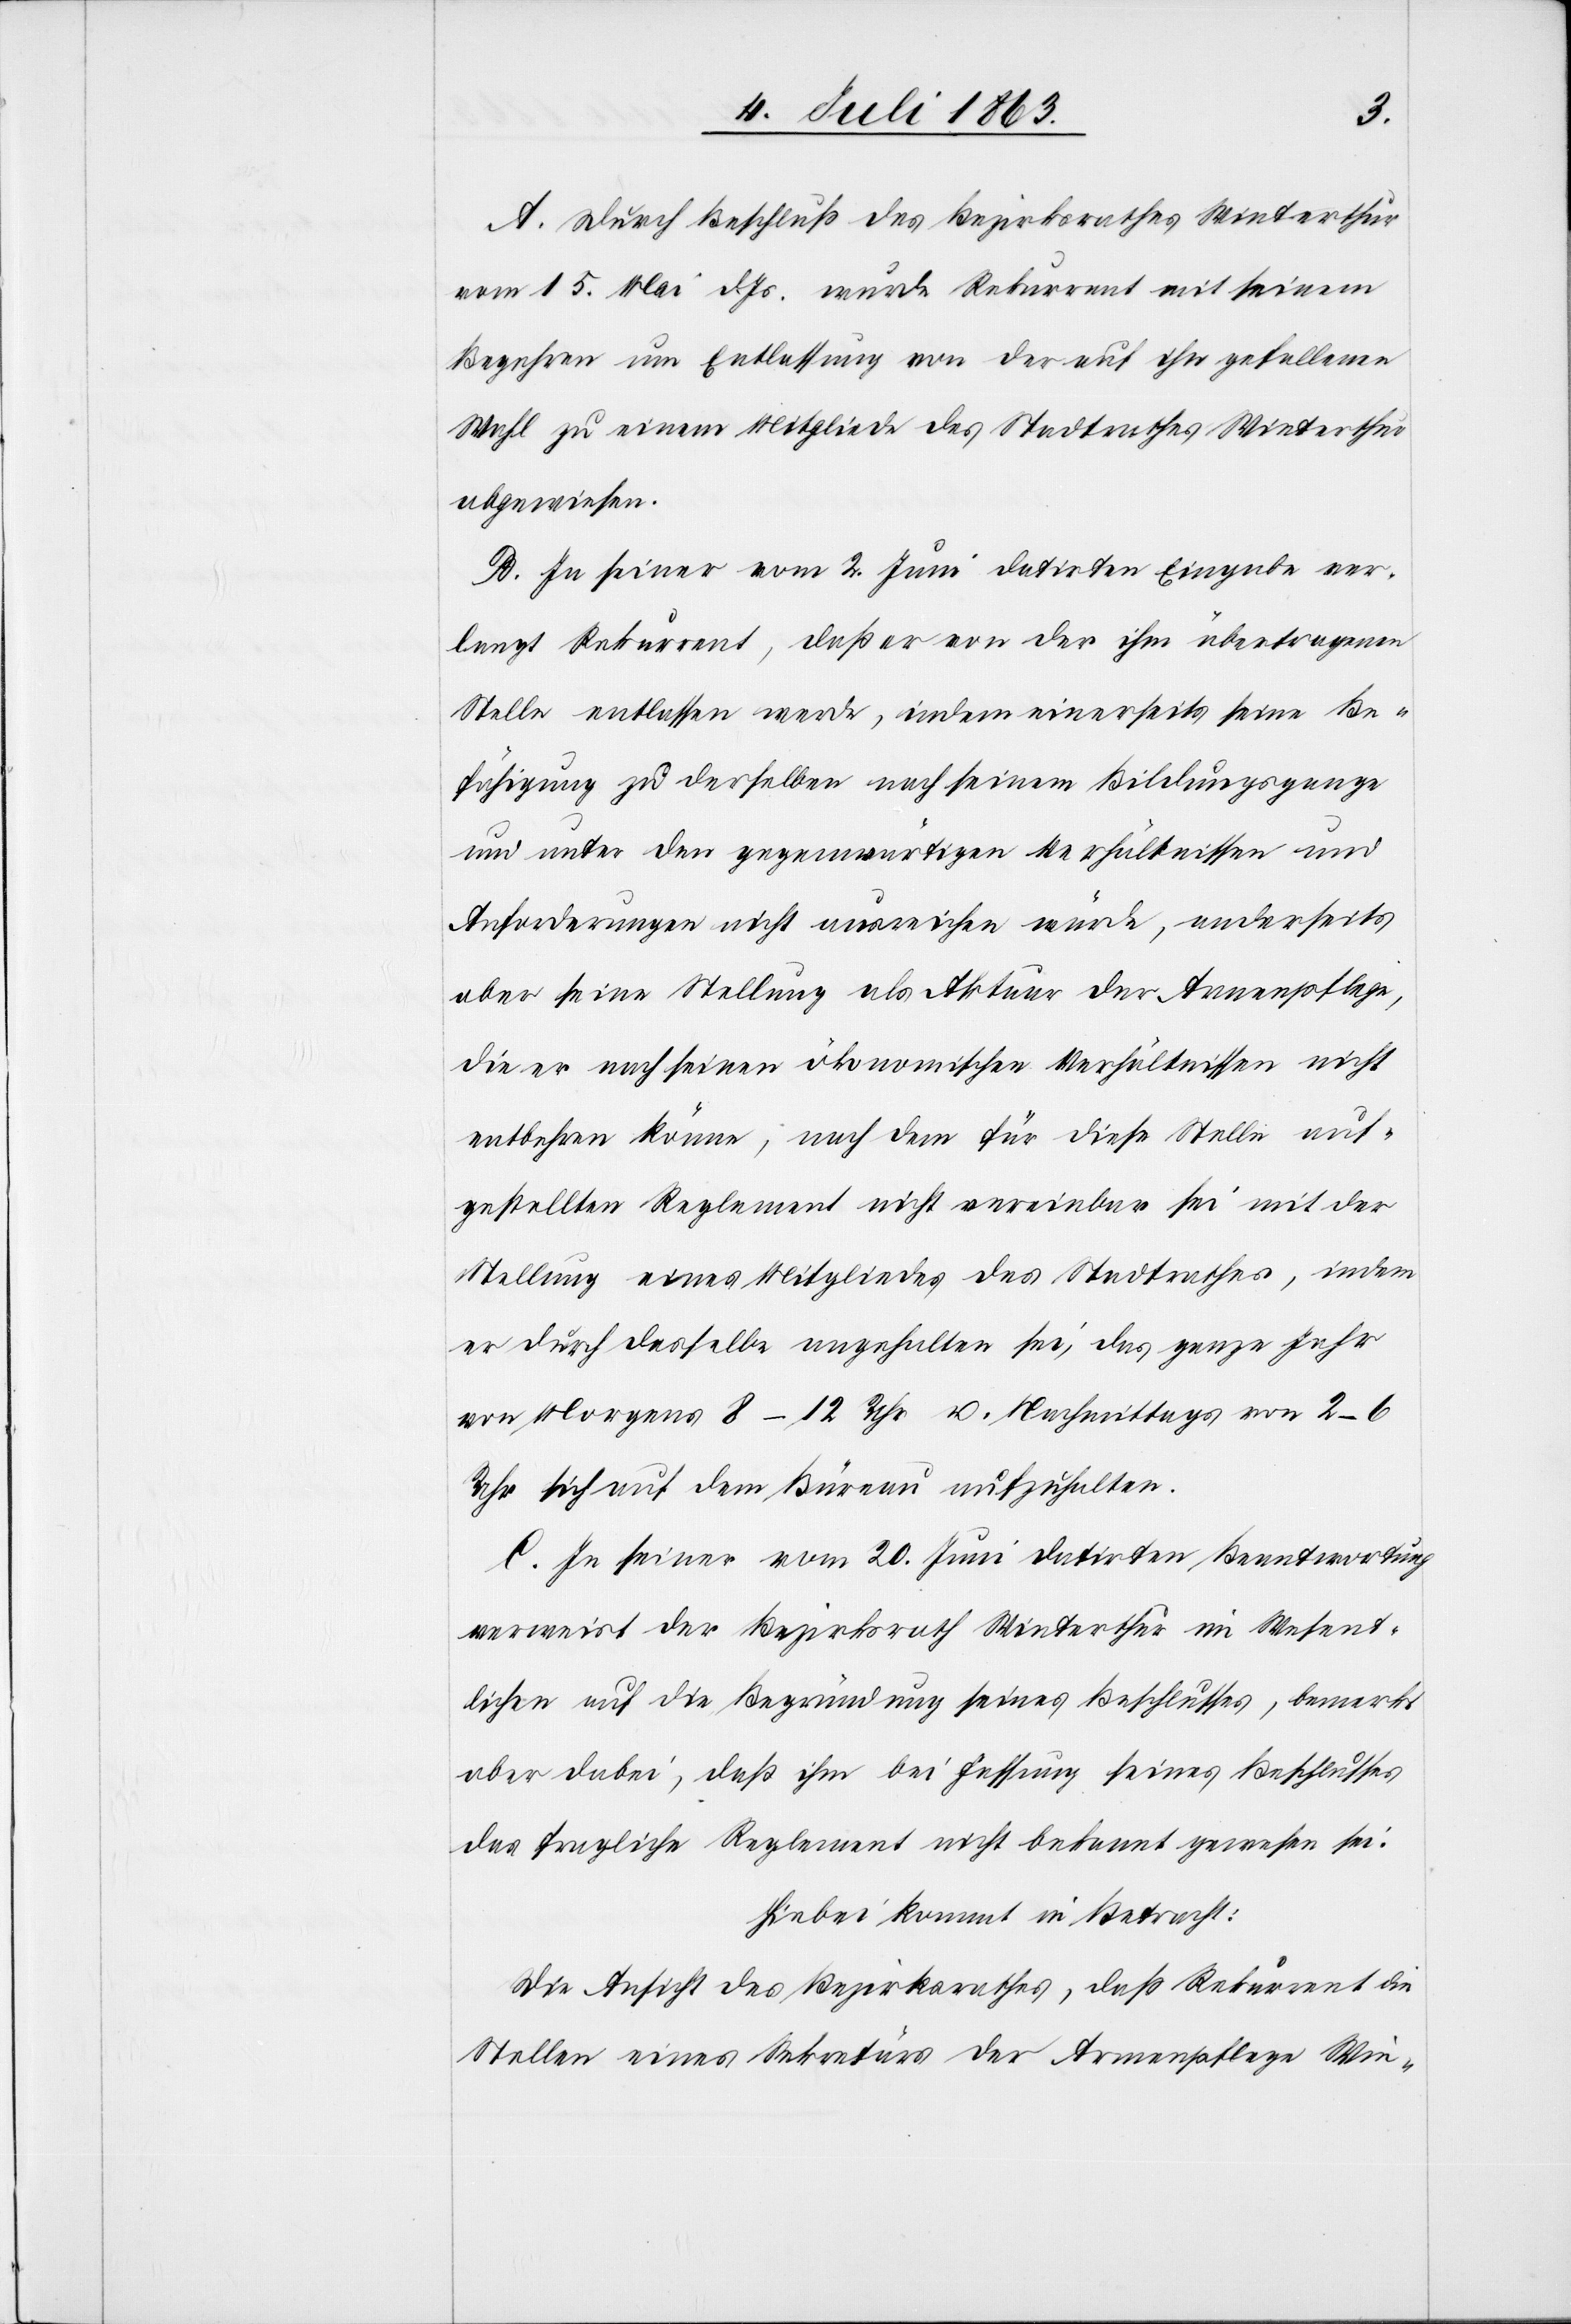
A. Durch Beschluß des Bezirksrathes Winterthur
vom 15. Mai d. Js. wurde Rekurrent mit seinem
Begehren um Entlassung von der auf ihn gefallenen
Wahl zu einem Mitgliede des Stadtrathes Winterthur
abgewiesen.
B. In seiner vom 2. Juni datirten Eingabe ver¬
langt Rekurrent, daß er von der ihm übertragenen
Stelle entlassen werde, indem einerseits seine Be¬
fähigung zu derselben nach seinem Bildungsgange
und unter den gegenwärtigen Verhältnissen und
Anforderungen nicht ausreichen würde, anderseits
aber seine Stellung als Aktuar der Armenpflege,
die er nach seinen ökonomischen Verhältnissen nicht
entbehren könne, nach dem für diese Stelle auf¬
gestellten Reglement nicht vereinbar sei mit der
Stellung eines Mitgliedes des Stadtrathes, indem
er durch dasselbe angehalten sei, das ganze Jahr
von Morgens 8–12 u. Nachmittags von 2–6
Uhr sich auf dem Büreau aufzuhalten.
C. In seiner vom 20. Juni datirten Beantwortung
verweist der Bezirksrath Winterthur im Wesent¬
lichen auf die Begründung seines Beschlusses, bemerkt
aber dabei, daß ihm bei Fassung seines Beschlusses
das fragliche Reglement nicht bekannt gewesen sei.
Hiebei kommt in Betracht:
Die Ansicht des Bezirksrathes, daß Rekurrent die
Stellen eines Sekretärs der Armenpflege Win-